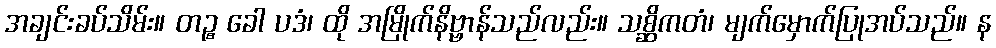
အချင်းခပ်သိမ်း။ တဉ္စ ခေါ ပဒံ၊ ထို အမြိုက်နိဗ္ဗာန်သည်လည်း။ သစ္ဆိကတံ၊ မျက်မှောက်ပြုအပ်သည်။ န